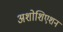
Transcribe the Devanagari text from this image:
अशोशिएशन